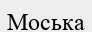
Моська